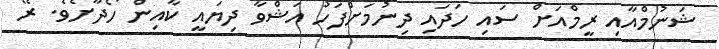
ޝަނުމްއާއި ރީމްއަށް ސައި ހަދައި ދިނުމަށްފަހު އަޝްވާ ދިޔައީ ކާއިން ހޯދާށެވެ. ރޭ